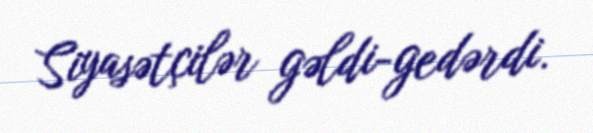
Siyasətçilər gəldi-gedərdi.